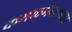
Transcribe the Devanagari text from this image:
कमळभैरवाच्या